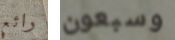
رائع وسبعون